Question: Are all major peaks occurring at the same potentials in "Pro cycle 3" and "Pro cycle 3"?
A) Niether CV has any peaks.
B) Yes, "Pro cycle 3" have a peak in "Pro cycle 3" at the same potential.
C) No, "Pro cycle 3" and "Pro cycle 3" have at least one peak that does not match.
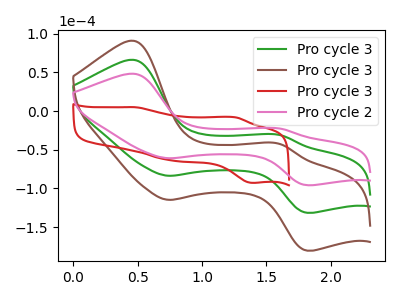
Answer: <think>The green curve "Pro cycle 3" has anodic peaks at (0.45V, 66.20uA) (1.60V, -31.00uA) and cathodic peaks at (0.75V, -83.65uA) (1.80V, -131.60uA). The brown curve "Pro cycle 3" has anodic peaks at (0.45V, 132.45uA) (1.60V, -62.00uA) and cathodic peaks at (0.75V, -167.30uA) (1.80V, -263.15uA). The red curve "Pro cycle 3" has anodic peaks at (0.50V, 4.95uA) (1.25V, -8.10uA) and cathodic peaks at (0.75V, -63.95uA) (1.40V, -92.90uA). The pink curve "Pro cycle 2" has anodic peaks at (0.45V, 48.25uA) (1.60V, -22.60uA) and cathodic peaks at (0.75V, -60.95uA) (1.80V, -95.90uA).</think>
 <answer>B) Yes, "Pro cycle 3" have a peak in "Pro cycle 3" at the same potential.</answer>
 <eval>B</eval>